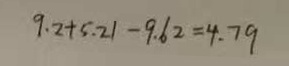
9 . 2 + 5 . 2 1 - 9 . 6 2 = 4 . 7 9